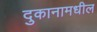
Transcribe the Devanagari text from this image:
दुकानामधील